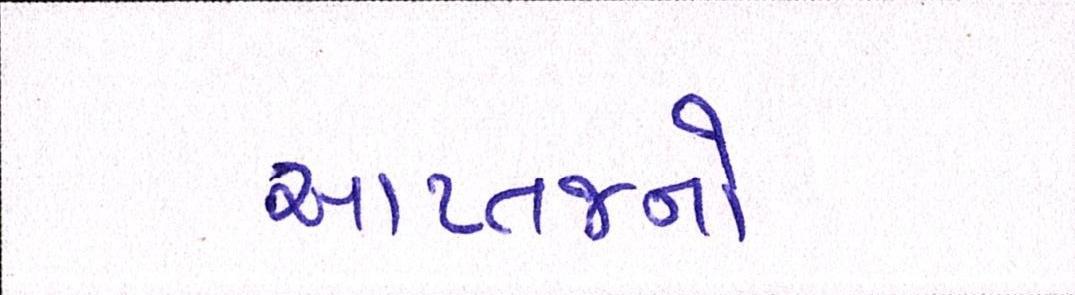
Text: આપ્તજનો